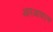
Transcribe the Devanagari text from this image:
आरआयएन